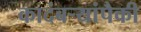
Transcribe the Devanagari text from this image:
कादंबऱ्यांपैकी